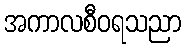
အကာလစီဝရသညာ